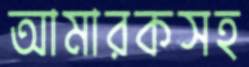
আমারকসহ